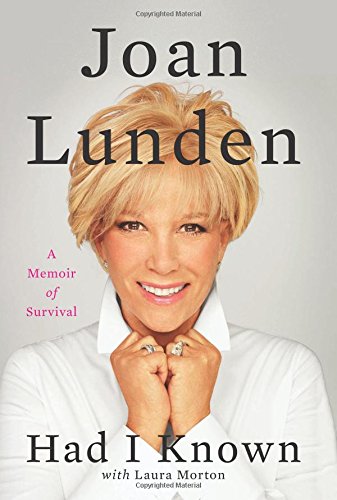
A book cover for Had I Known: A Memoir of Survival; Joan Lunden; Health, Fitness & Dieting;